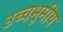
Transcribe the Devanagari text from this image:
उच्चभूमीय